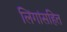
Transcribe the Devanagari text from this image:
लिंगांसहित